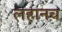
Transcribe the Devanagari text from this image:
लहानच